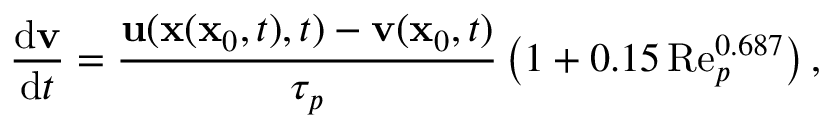
\frac { \mathrm { d } \mathbf { v } } { \mathrm { d } t } = \frac { \mathbf { u } ( \mathbf { x } ( \mathbf { x } _ { 0 } , t ) , t ) - \mathbf { v } ( \mathbf { x } _ { 0 } , t ) } { \tau _ { p } } \left( 1 + 0 . 1 5 \, \mathrm { R e } _ { p } ^ { 0 . 6 8 7 } \right) ,